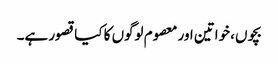
بچوں، خواتین اور معصوم لوگوں کا کیا قصور ہے۔